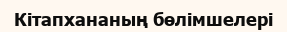
Кітапхананың бөлімшелері